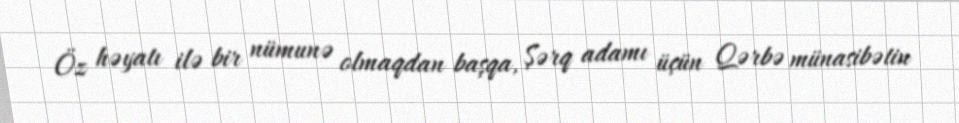
Öz həyatı ilə bir nümunə olmaqdan başqa, Şərq adamı üçün Qərbə münasibətin